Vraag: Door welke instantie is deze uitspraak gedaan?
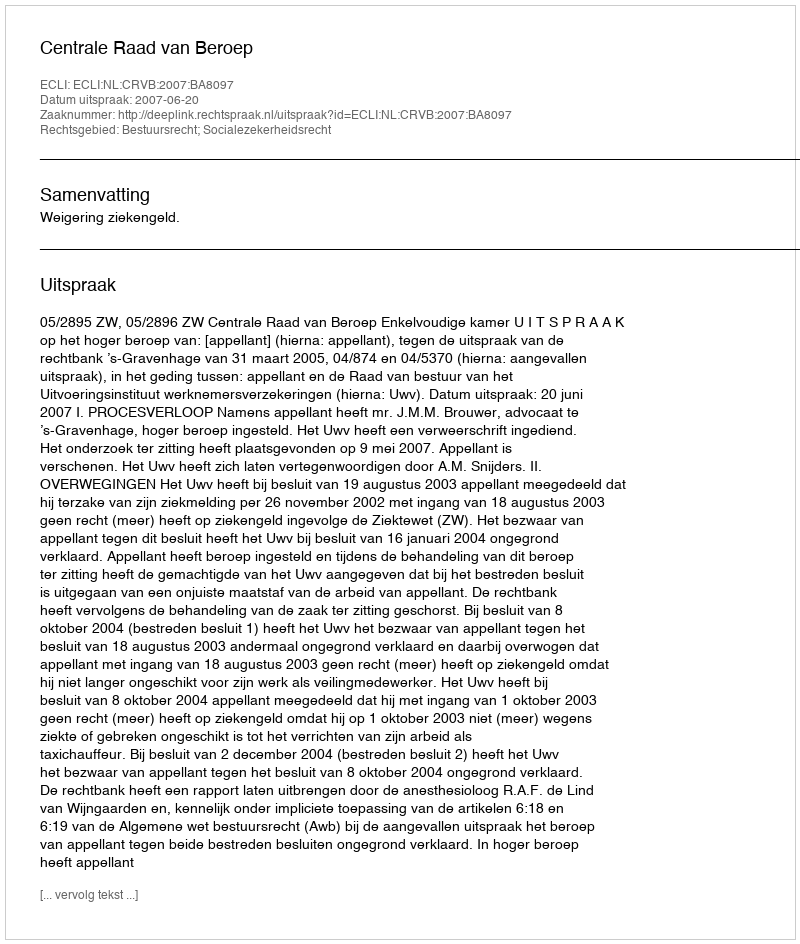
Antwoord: Centrale Raad van Beroep